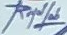
RoyalLab